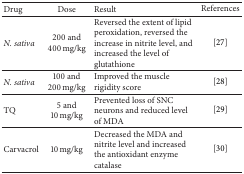
| Drug | Dose | Result | References |
 | --- | --- | --- | --- |
 | N. sativa | 200 and 400 mg/kg | Reversed the extent of lipid peroxidation, reversed the increase in nitrite level, and increased the level of glutathione | [27] |
 | N. sativa | 100 and 200 mg/kg | Improved the muscle rigidity score | [28] |
 | TQ | 5 and 10 mg/kg | Prevented loss of SNC neurons and reduced level of MDA | [29] |
 | Carvacrol | 10 mg/kg | Decreased the MDA and nitrite level and increased the antioxidant enzyme catalase | [30] |